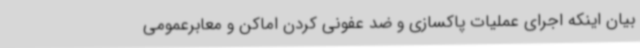
بیان اینکه اجرای عملیات پاکسازی و ضد عفونی کردن اماکن و معابرعمومی